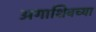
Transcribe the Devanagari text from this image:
अगाशिवच्या